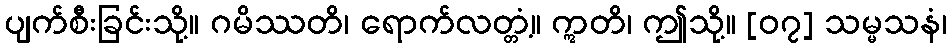
ပျက်စီးခြင်းသို့။ ဂမိဿတိ၊ ရောက်လတ္တံ့။ ဣတိ၊ ဤသို့။ [၀၇] သမ္မသနံ၊